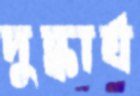
দুষ্কার্য